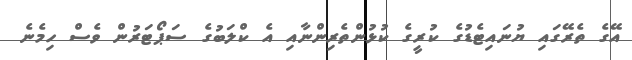
އޭގެ ތެރޭގައި ޔުނައިޓެޑުގެ ކުރީގެ ކުޅުންތެރިންނާއި އެ ކްލަބުގެ ސަޕޯޓަރުން ވެސް ހިމެނެ